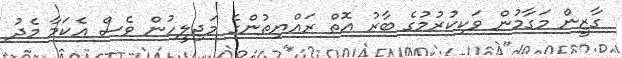
ގާޒީން މަގާމުން ވަކިކުރުމުގެ ބާރު އޮތް ރައްޔިތުންގެ މަޖިލީހުން ވެސް އެކަމާ މެދު